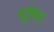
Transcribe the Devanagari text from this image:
दृष्‍टि